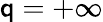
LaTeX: \mathsf{q}=+\infty